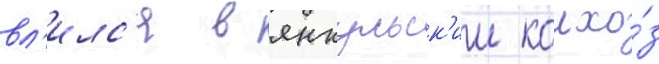
вл'илс'я в янкульск'ии колхо́з